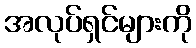
အလုပ်ရှင်များကို